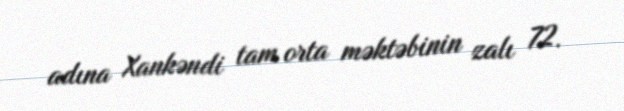
adına Xankəndi tam orta məktəbinin zalı 72.